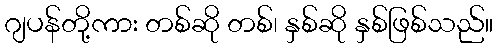
ဂျပန်တို့ကား တစ်ဆို တစ်၊ နှစ်ဆို နှစ်ဖြစ်သည်။